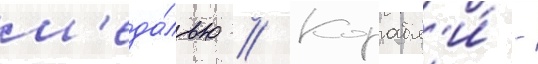
м'еда́лью // Корабл'и́ -